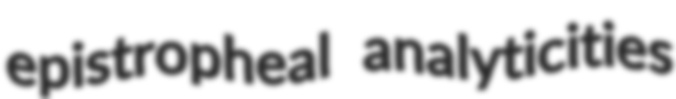
epistropheal analyticities